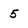
Character: 5